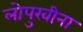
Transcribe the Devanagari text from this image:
लोपुखीना